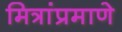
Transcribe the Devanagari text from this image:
मित्रांप्रमाणे